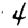
Digit: 4